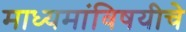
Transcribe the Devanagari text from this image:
माध्यमांविषयीचे